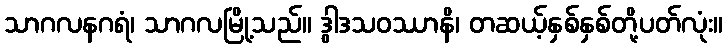
သာဂလနဂရံ၊ သာဂလမြို့သည်။ ဒွါဒသဝဿာနိ၊ တဆယ့်နှစ်နှစ်တို့ပတ်လုံး။